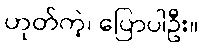
ဟုတ်ကဲ့၊ ပြောပါဦး။